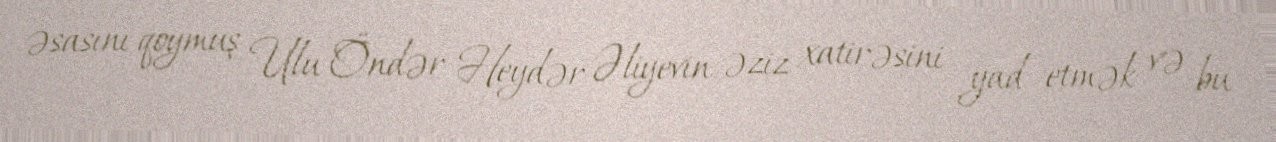
əsasını qoymuş Ulu Öndər Heydər Əliyevin əziz xatirəsini yad etmək və bu